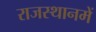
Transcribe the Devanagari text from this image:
राजस्थानमें